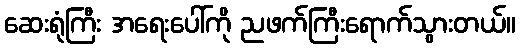
ဆေးရုံကြီး အရေးပေါ်ကို ညဖက်ကြီးရောက်သွားတယ်။